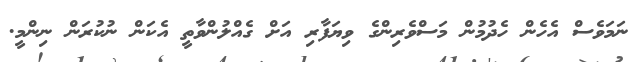
ނަމަވެސް އެހެން ހެދުމުން މަސްވެރިންގެ ވިޔަފާރި އަށް ގެއްލުންވާތީ އެކަން ނުކުރަން ނިންމީ.